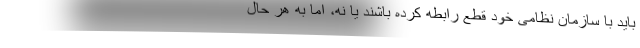
باید با سازمان نظامی خود قطع رابطه کرده باشند یا نه، اما به هر حال